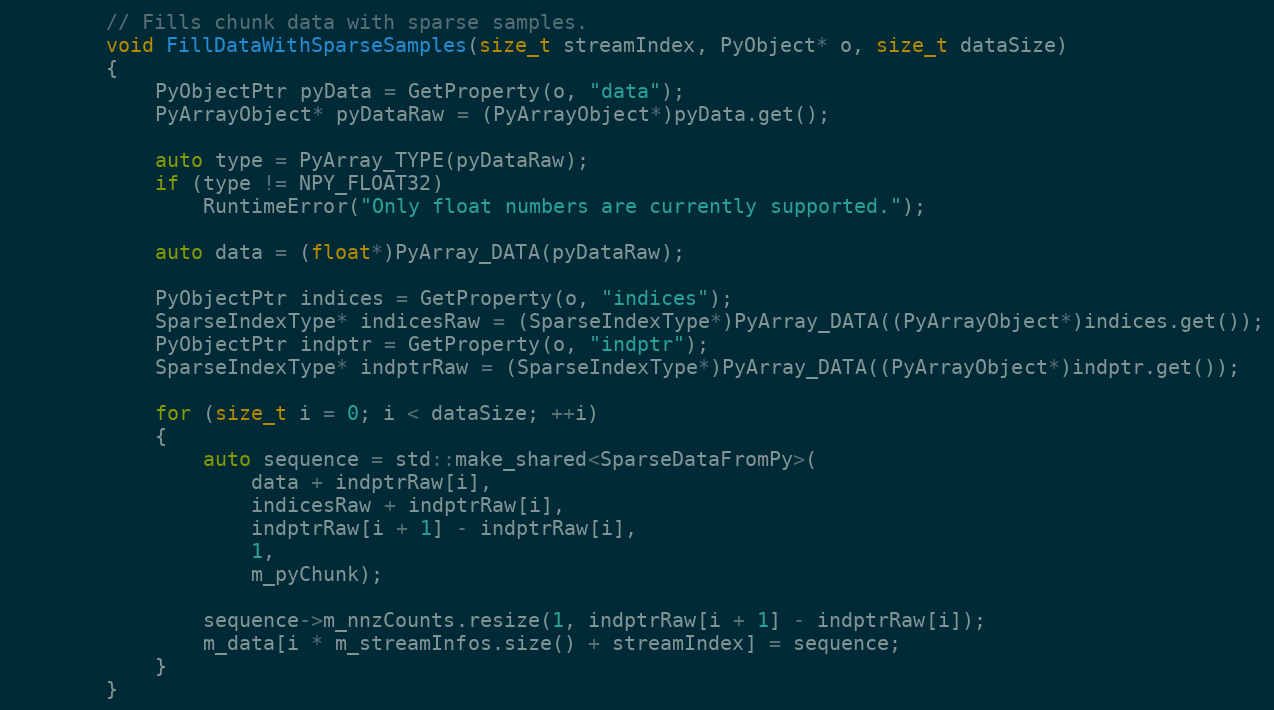
Language: C
        // Fills chunk data with sparse samples.
        void FillDataWithSparseSamples(size_t streamIndex, PyObject* o, size_t dataSize)
        {
            PyObjectPtr pyData = GetProperty(o, "data");
            PyArrayObject* pyDataRaw = (PyArrayObject*)pyData.get();

            auto type = PyArray_TYPE(pyDataRaw);
            if (type != NPY_FLOAT32)
                RuntimeError("Only float numbers are currently supported.");

            auto data = (float*)PyArray_DATA(pyDataRaw);

            PyObjectPtr indices = GetProperty(o, "indices");
            SparseIndexType* indicesRaw = (SparseIndexType*)PyArray_DATA((PyArrayObject*)indices.get());
            PyObjectPtr indptr = GetProperty(o, "indptr");
            SparseIndexType* indptrRaw = (SparseIndexType*)PyArray_DATA((PyArrayObject*)indptr.get());

            for (size_t i = 0; i < dataSize; ++i)
            {
                auto sequence = std::make_shared<SparseDataFromPy>(
                    data + indptrRaw[i],
                    indicesRaw + indptrRaw[i],
                    indptrRaw[i + 1] - indptrRaw[i],
                    1,
                    m_pyChunk);

                sequence->m_nnzCounts.resize(1, indptrRaw[i + 1] - indptrRaw[i]);
                m_data[i * m_streamInfos.size() + streamIndex] = sequence;
            }
        }